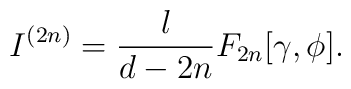
I^{(2n)}= \frac{l}{d-2n} F_{2n}[\gamma,\phi].